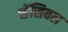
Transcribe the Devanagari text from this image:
सेंसिबल